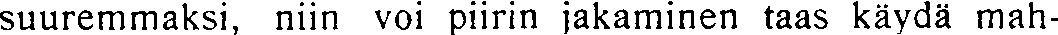
suuremmaksi, niin voi piirin jakaminen taas käydä mah-